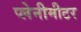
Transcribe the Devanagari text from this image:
प्लेनीमीटर